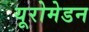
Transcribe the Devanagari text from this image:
यूरोमेडन